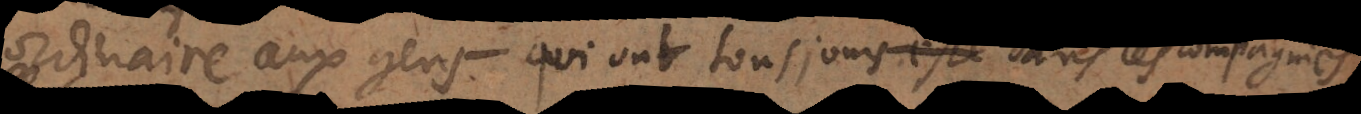
ordinaire aux gens qui ont tousjours paru dans les compagnies